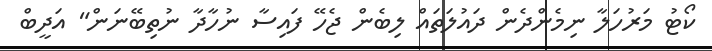
ކޯޓު މަރުހަލާ ނިމެންދެން ދައުލަތައް ލިބެން ޖެހޭ ފައިސާ ނުހާދާ ނުތިބޭނަން" އަދީބް